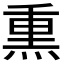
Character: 𤋱